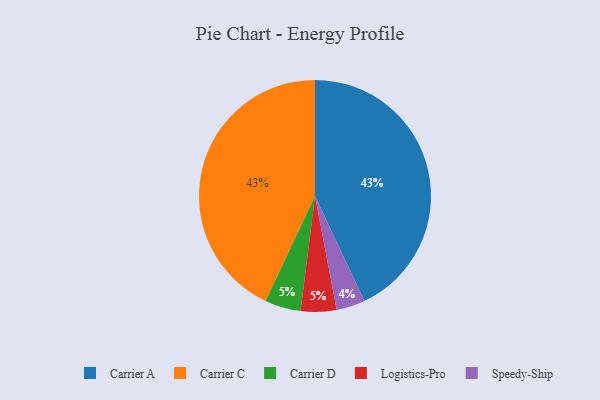
{"axis": {"x": "Category", "y": "Percentage"}, "legend": ["Carrier A", "Carrier C", "Carrier D", "Logistics-Pro", "Speedy-Ship"], "data": [{"x": "Carrier D", "y": 5, "type": "Carrier D"}, {"x": "Speedy-Ship", "y": 4, "type": "Speedy-Ship"}, {"x": "Carrier A", "y": 43, "type": "Carrier A"}, {"x": "Carrier C", "y": 43, "type": "Carrier C"}, {"x": "Logistics-Pro", "y": 5, "type": "Logistics-Pro"}]}